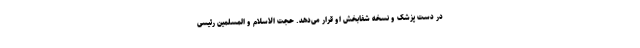
در دست پزشک و نسخه شفابخش او قرار می‌دهد. حجت الاسلام و المسلمین رئیسی